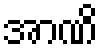
အာဏိ